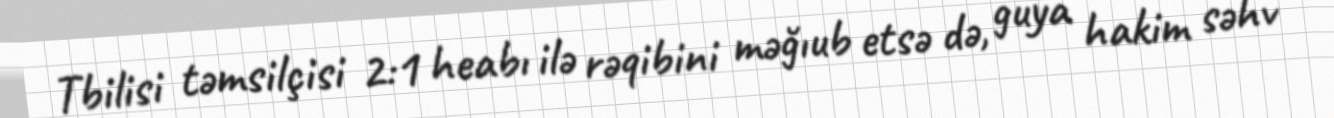
Tbilisi təmsilçisi 2:1 heabı ilə rəqibini məğıub etsə də, guya hakim səhv